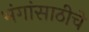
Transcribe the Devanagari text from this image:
भंगांसाठीचे